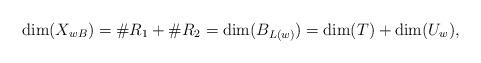
LaTeX: \begin{align*}\dim(X_{wB})=\# R_{1}+ \# R_{2}=\dim (B_{L(w)})=\dim(T) + \dim(U_{w}),\end{align*}